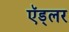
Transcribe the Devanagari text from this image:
ऍड्लर